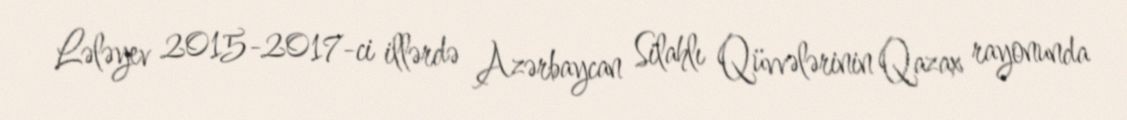
Lələyev 2015-2017-ci illərdə Azərbaycan Silahlı Qüvvələrinin Qazax rayonunda